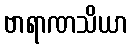
ဗာရာဏသိယာ